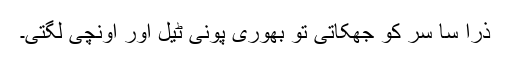
ذرا سا سر کو جھکاتی تو بھوری پونی ٹیل اور اونچی لگتی۔